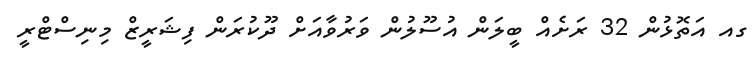
ގއ އަތޮޅުން 32 ރަށެއް ބީލަން އުސޫލުން ވަރުވާއަށް ދޫކުރަން ފިޝަރީޒް މިނިސްޓްރީ